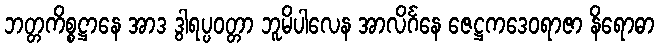
ဘတ္တကိစ္စဋ္ဌာနေ အာဒ ဒွါရပ္ပဝတ္တာ ဘူမိပါလေန အာလိင်္ဂနေ ဇေဋ္ဌကဒေဝရာဇာ နိရောဓာ